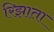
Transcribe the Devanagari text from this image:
रिझाता